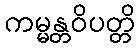
ကမ္မန္တဝိပတ္တိ